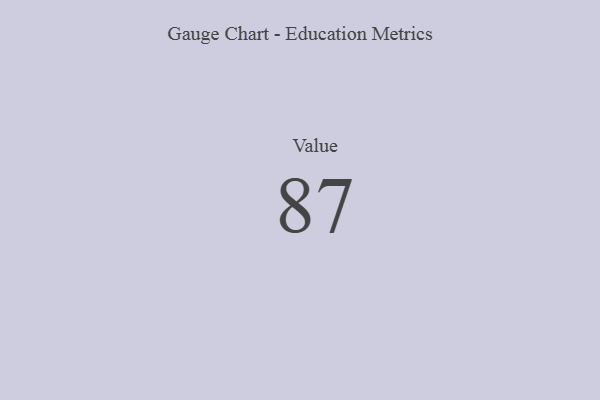
{"axis": {"x": "Metric", "y": "Value"}, "legend": [""], "data": [{"x": "Value", "y": 87, "type": ""}]}